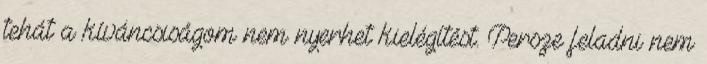
tehát a kíváncsiságom nem nyerhet kielégítést. Persze feladni nem